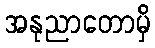
အနုညာတောမှိ